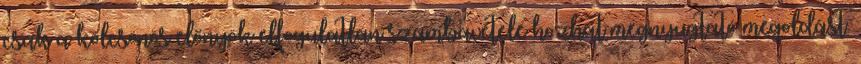
csak a kölcsönös előnyök elfogulatlan számbavétele hozhat megnyugtató megoldást.